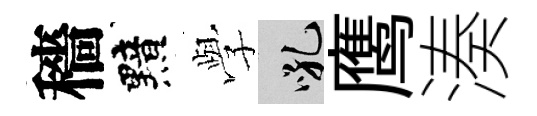
穡黯𫝯吼鹰湊